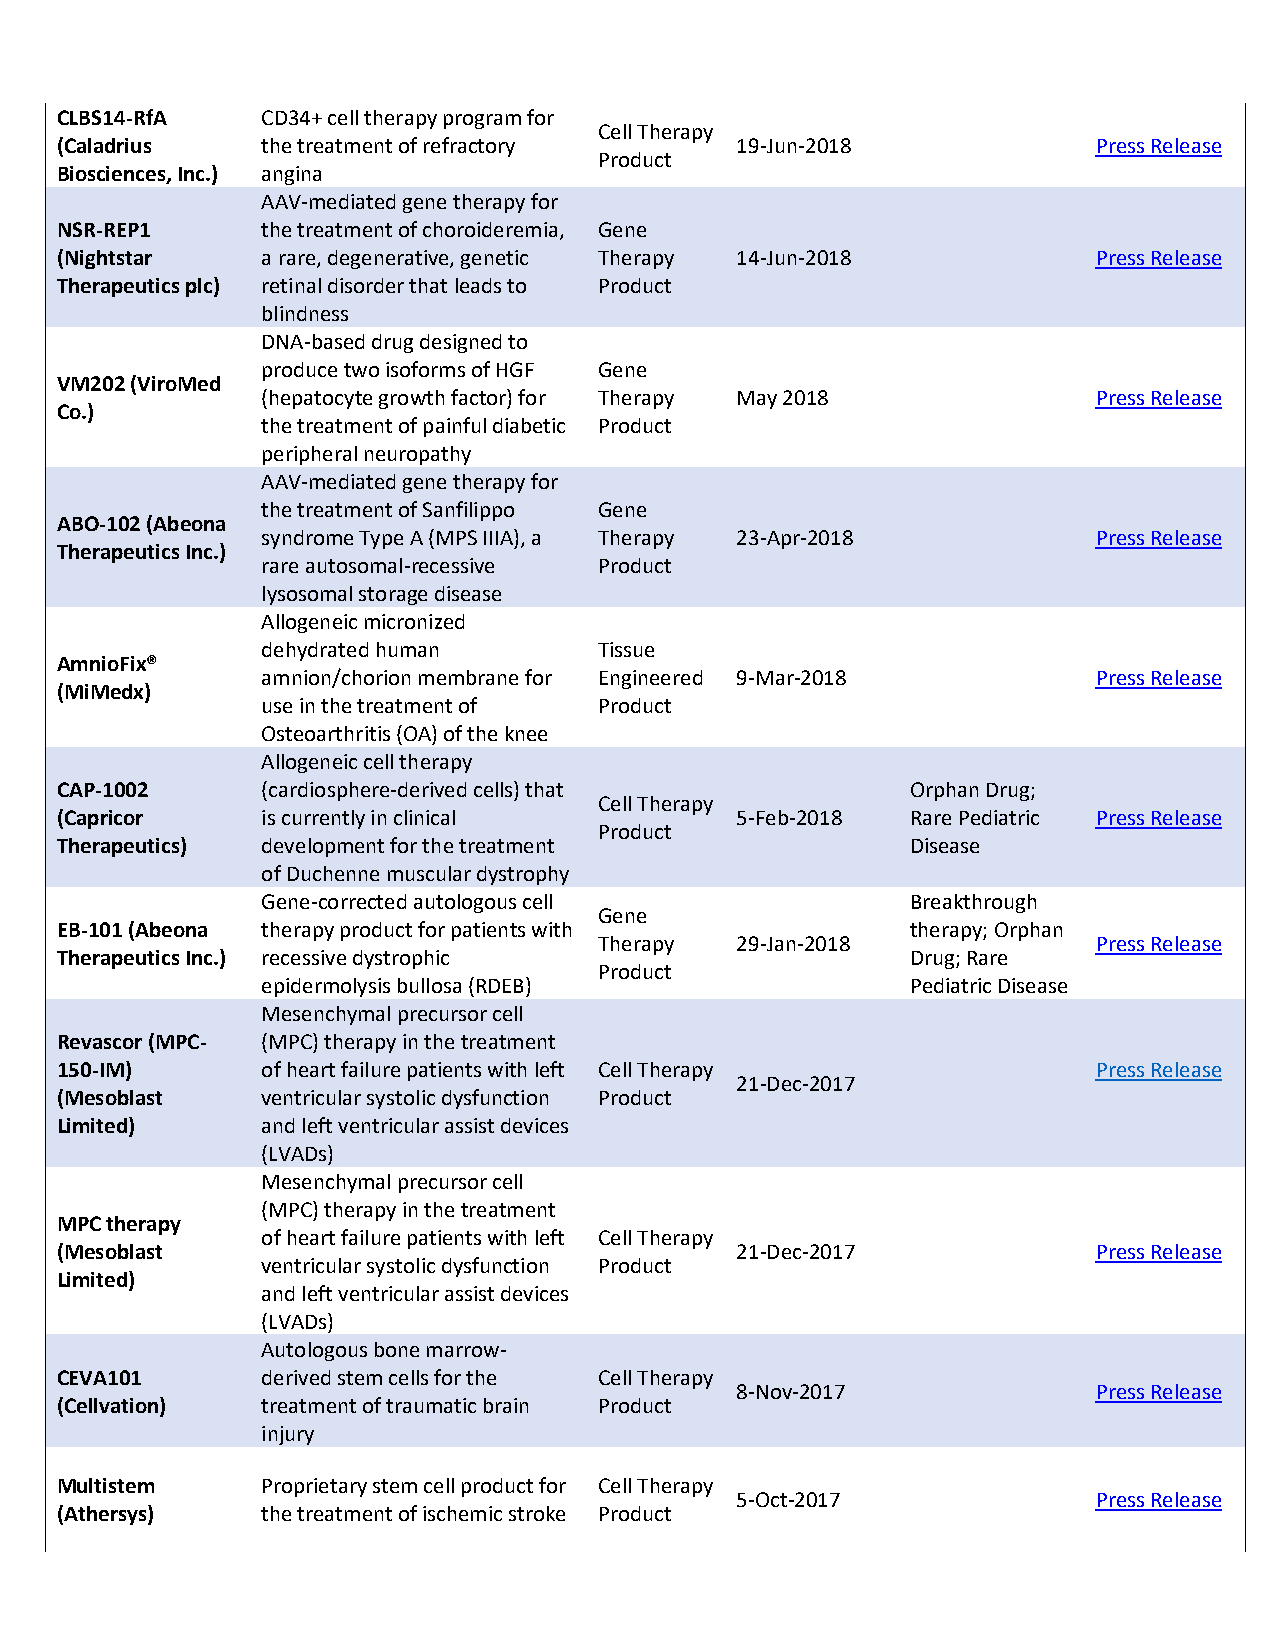
CLBS14-RfA   CD34+ cell therapy program for
 Cell Therapy
 (Caladrius   the treatment of refractory     19-Jun-2018             Press Release
 Product
 Biosciences, Inc.) angina
 AAV-mediated gene therapy for
 NSR-REP1     the treatment of choroideremia, Gene
 (Nightstar   a rare, degenerative, genetic Therapy 14-Jun-2018       Press Release
 Therapeutics plc) retinal disorder that leads to Product
 blindness
 DNA-based drug designed to
 produce two isoforms of HGF Gene
 VM202 (ViroMed
 (hepatocyte growth factor) for Therapy May 2018         Press Release
 Co.)
 the treatment of painful diabetic Product
 peripheral neuropathy
 AAV-mediated gene therapy for
 the treatment of Sanfilippo Gene
 ABO-102 (Abeona
 syndrome Type A (MPS IIIA), a Therapy 23-Apr-2018       Press Release
 Therapeutics Inc.)
 rare autosomal-recessive Product
 lysosomal storage disease
 Allogeneic micronized
 dehydrated human       Tissue
 AmnioFix®
 amnion/chorion membrane for Engineered 9-Mar-2018       Press Release
 (MiMedx)
 use in the treatment of Product
 Osteoarthritis (OA) of the knee
 Allogeneic cell therapy
 CAP-1002     (cardiosphere-derived cells) that          Orphan Drug;
 Cell Therapy
 (Capricor    is currently in clinical        5-Feb-2018 Rare Pediatric Press Release
 Product
 Therapeutics) development for the treatment             Disease
 of Duchenne muscular dystrophy
 Gene-corrected autologous cell             Breakthrough
 Gene
 EB-101 (Abeona therapy product for patients with        therapy; Orphan
 Therapy  29-Jan-2018             Press Release
 Therapeutics Inc.) recessive dystrophic                 Drug; Rare
 Product
 epidermolysis bullosa (RDEB)               Pediatric Disease
 Mesenchymal precursor cell
 Revascor (MPC- (MPC) therapy in the treatment
 150-IM)      of heart failure patients with left Cell Therapy        Press Release
 21-Dec-2017
 (Mesoblast   ventricular systolic dysfunction Product
 Limited)     and left ventricular assist devices
 (LVADs)
 Mesenchymal precursor cell
 (MPC) therapy in the treatment
 MPC therapy
 of heart failure patients with left Cell Therapy
 (Mesoblast                                   21-Dec-2017             Press Release
 ventricular systolic dysfunction Product
 Limited)
 and left ventricular assist devices
 (LVADs)
 Autologous bone marrow-
 CEVA101      derived stem cells for the Cell Therapy
 8-Nov-2017              Press Release
 (Cellvation) treatment of traumatic brain Product
 injury
 Multistem    Proprietary stem cell product for Cell Therapy
 5-Oct-2017              Press Release
 (Athersys)   the treatment of ischemic stroke Product